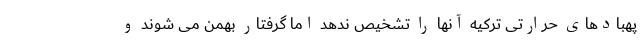
پهبادهای حرارتی ترکیه آنها را تشخیص ندهد اما گرفتار بهمن می شوند و